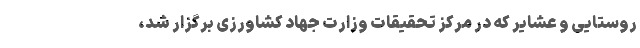
روستایی و عشایر که در مرکز تحقیقات وزارت جهاد کشاورزی برگزار شد،